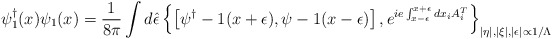
\begin{align*}\psi^\dagger_1(x)\psi_1(x)=\frac{1}{8\pi}\int d\hat\epsilon \left\{\left[\psi^\dagger-1(x+\epsilon),\psi-1(x-\epsilon)\right],e^{ie\int_{x-\epsilon}^{x+\epsilon}dx_iA_i^{T}}\right\}_{|\eta|, |\xi|, |\epsilon|\propto 1/\Lambda}\end{align*}